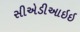
સીએડીઆઇઇ